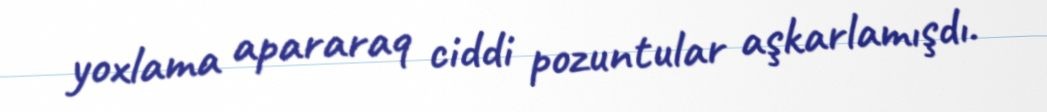
yoxlama apararaq ciddi pozuntular aşkarlamışdı.